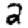
Digit: 2